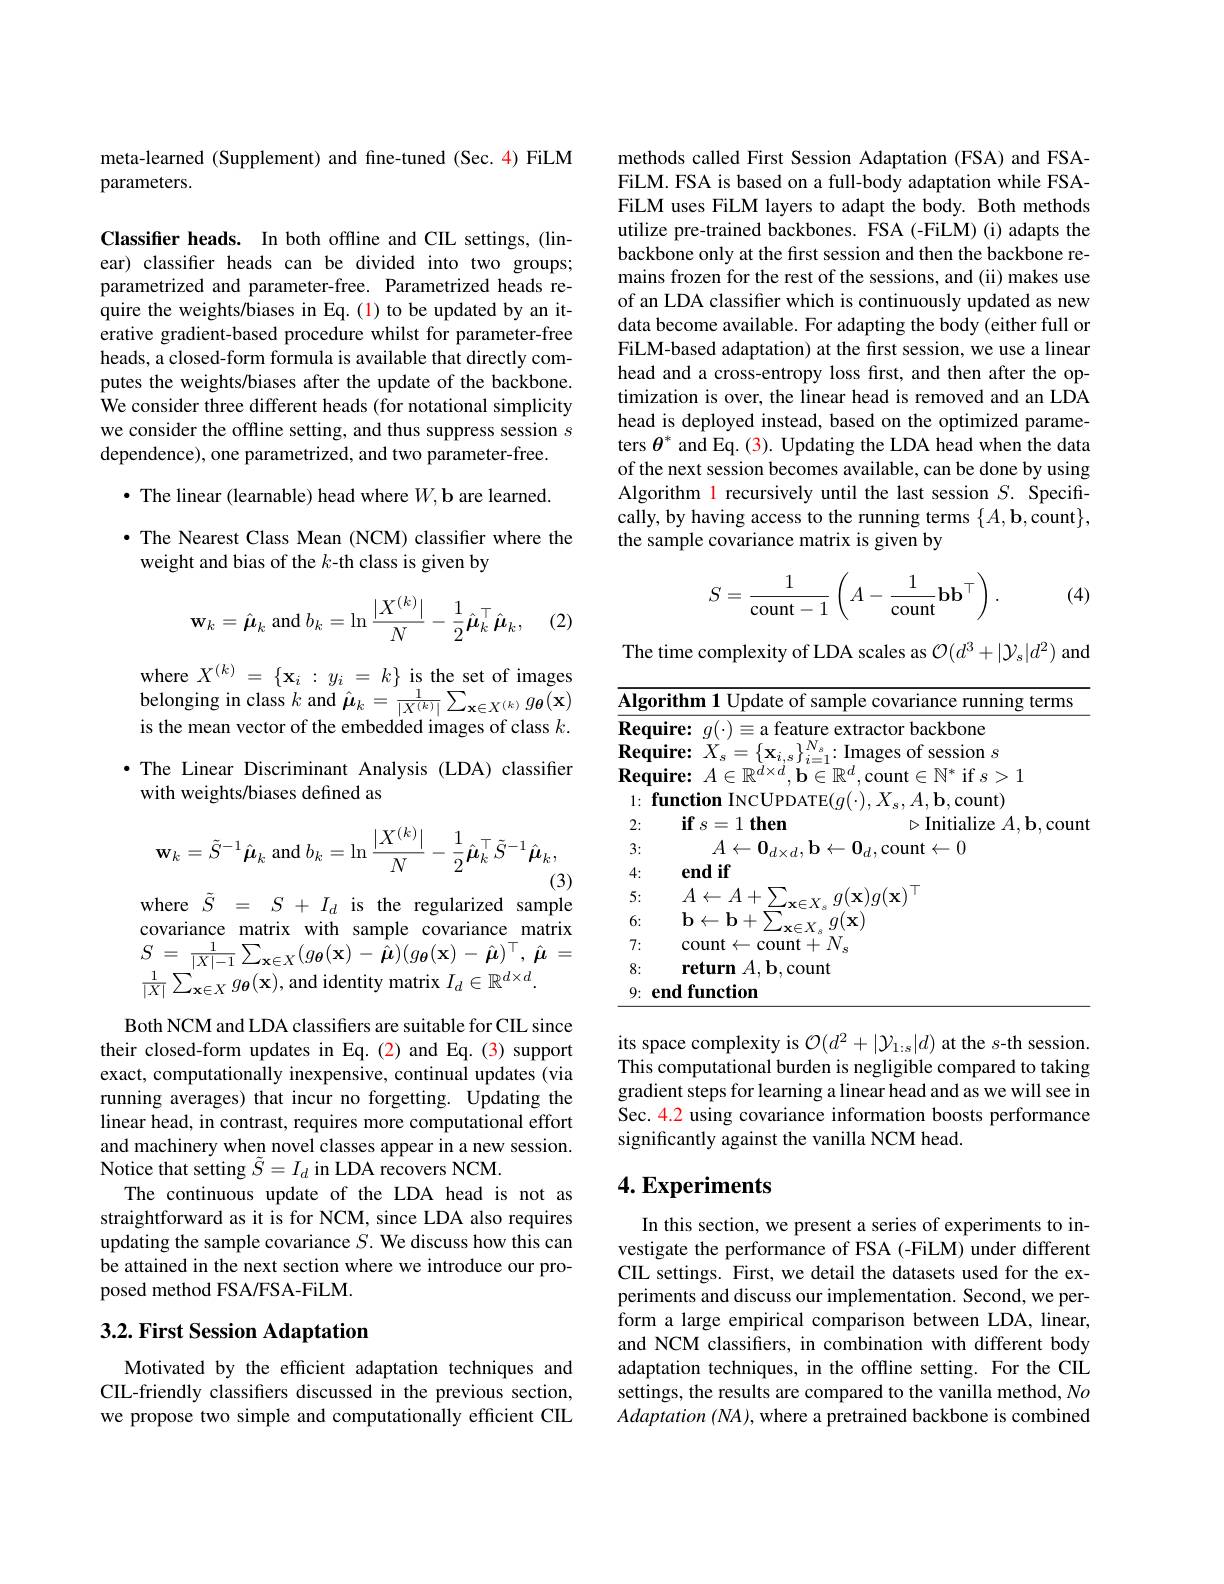
meta-learned (Supplement) and fne-tuned (Sec. 4) FiLM
parameters.

Classifier heads. In both offline and CIL settings, (linear) classifier heads can be divided into two groups; parametrized and parameter-free. Parametrized heads require the weights/biases in Eq.(1) to be updated by an iterative gradient-based procedure whilst for parameter-free heads, a closed-form formula is available that directly computes the weights/biases after the update of the backbone. We consider three different heads (for notational simplicity we consider the offline setting, and thus suppress session $s$ dependence), one parametrized, and two parameter-free.

$\bullet$ The linear (learnable) head where $W,\mathbf{b}$ are learned.

· The Nearest Class Mean (NCM) classifier where the
weight and bias of the $k$-th class is given by
$$\mathbf{w}_{k}=\hat{\boldsymbol{\mu}}_{k}\mathrm{~and~}b_{k}=\ln\frac{|X^{(k)}|}{N}-\frac{1}{2}\hat{\boldsymbol{\mu}}_{k}^{\top}\hat{\boldsymbol{\mu}}_{k},$$
(2.

where $X^{(k)}=\{\mathbf{x}_i:y_i=k\}$ is the set of images belonging in class $k$ and $\hat{\mu}_k=\frac1{|X^{(k)}|}\sum_{\mathbf{x}\in X^{(k)}}g_{\mathbf{\theta}}(\mathbf{x})$ is the mean vector of the embedded images of class $k.$ ·The Linear Discriminant Analysis (LDA) classifier with weights/biases defined as
$$\mathbf{w}_{k}=\tilde{S}^{-1}\hat{\boldsymbol{\mu}}_{k}\mathrm{~and~}b_{k}=\ln\frac{|X^{(k)}|}{N}-\frac{1}{2}\hat{\boldsymbol{\mu}}_{k}^{\top}\tilde{S}^{-1}\hat{\boldsymbol{\mu}}_{k},$$
(3)

where $\tilde{S}=S+I_d$ is the regularized sample

covariance matrix with sample covariance matrix $S=\frac{1}{|X|-1}\sum_{\mathbf{x}\in X}(g_{\boldsymbol{\theta}}(\mathbf{x})-\hat{\hat{\boldsymbol{\mu}}})(g_{\boldsymbol{\theta}}(\mathbf{x})-\hat{\boldsymbol{\mu}})^{\top},\hat{\boldsymbol{\mu}}=$ $\frac{1}{|X|}\sum_{\mathbf{x}\in X}^{|\mathbf{x}|}g_{\boldsymbol{\theta}}(\mathbf{x})$,and identity matrix $I_d\in\mathbb{R}^{d\times d}.$

Both NCM and LDA classifiers are suitable for CIL since their closed-form updates in Eq.(2) and Eq.(3) support exact, computationally inexpensive, continual updates (via running averages) that incur no forgetting. Updating the linear head, in contrast, requires more computational effort and machinery when novel classes appear in a new session. Notice that setting $\tilde{S}=I_d$ in LDA recovers NCM.
The continuous update of the LDA head is not as straightforward as it is for NCM, since LDA also requires updating the sample covariance $S.$ We discuss how this can be attained in the next section where we introduce our proposed method FSA/FSA-FiLM.

## $3. 2. \textbf{First Session Adaptation}$

Motivated by the efficient adaptation techniques and CIL-friendly classifiers discussed in the previous section, we propose two simple and computationally efficient CIL

methods called First Session Adaptation (FSA) and FSAFiLM. FSA is based on a full-body adaptation while FSAFiLM uses FiLM layers to adapt the body. Both methods utilize pre-trained backbones. $\hat{\mathrm{FSA~(-FiLM)~(i)~adapts~the}}$ backbone only at the first session and then the backbone remains frozen for the rest of the sessions, and (ii) makes use of an LDA classifer which is continuously updated as new data become available. For adapting the body (either full or FiLM-based adaptation) at the first session, we use a linear head and a cross-entropy loss first, and then after the optimization is over, the linear head is removed and an LDA head is deployed instead, based on the optimized parameters $\theta^*$ and Eq. (3). Updating the LDA head when the data of the next session becomes available, can be done by using Algorithm 1 recursively until the last session $S.$ Specifically, by having access to the running terms $\{A,\mathbf{b}$,count$\}$, the sample covariance matrix is given by
$$S=\dfrac{1}{\text{count}-1}\left(A-\dfrac{1}{\text{count}}\mathbf{b}\mathbf{b}^\top\right).$$
(4)

The time complexity of LDA scales as $\mathcal{O}(d^3+|\mathcal{Y}_s|d^2)$ and

$\underline{\text{Algorithm 1 Update of sample covariance running terms}}$
$\begin{array}{l}{\overline{\mathbf{Require:}}}&{g(\cdot)\equiv\text{a feature extractor backbone}}\\{\mathbf{Require:}}&{X_{s}=\{\mathbf{x}_{i,s}\}_{i=1}^{N_{s}}:\mathrm{Images~of~session~}s}\end{array}$
$\textbf{Require: }A\in \mathbb{R} ^{d\times d}, \mathbf{b} \in \mathbb{R} ^{d}$,count$\in\mathbb{N}^*$ if $s>1$ $1: \textbf{function INCUPDATE}( g( \cdot ) , X_s, A, \mathbf{b} $,count) 2:
$\textbf{if}s= 1\textbf{then}$
$\triangleright$Initialize $A,\mathbf{b}$,count
$A\leftarrow\mathbf{0}_{d\times d},\mathbf{b}\leftarrow\mathbf{0}_d$,count$\leftarrow0$

3:
end if
4: 5:
$A\leftarrow A+\sum_{\mathbf{x}\in X_{s}}g(\mathbf{x})g(\mathbf{x})^{\top}$
6:
$\begin{array}{l}{\mathbf{b}\leftarrow\mathbf{b}+\sum_{\mathbf{x}\in X_{s}}g(\mathbf{x})}\\{\mathrm{count}\leftarrow\mathrm{count}+N_{s}}\end{array}$
7: 8:
return $A,\mathbf{b}$,count
9: end function

its space complexity is $\mathcal{O}(d^2+|\mathcal{Y}_{1:s}|d)$ at the $s$-th session. This computational burden is negligible compared to taking gradient steps for learning a linear head and as we will see in Sec. 4.2 using covariance information boosts performance significantly against the vanilla NCM head.

## $4. \textbf{Experiments}$

In this section, we present a series of experiments to investigate the performance of FSA (-FiLM) under different CIL settings. First, we detail the datasets used for the experiments and discuss our implementation. Second, we perform a large empirical comparison between LDA, linear, and NCM classifers, in combination with different body adaptation techniques, in the offline setting. For the CIL settings, the results are compared to the vanilla method, No $Adaptation(NA)$, where a pretrained backbone is combined